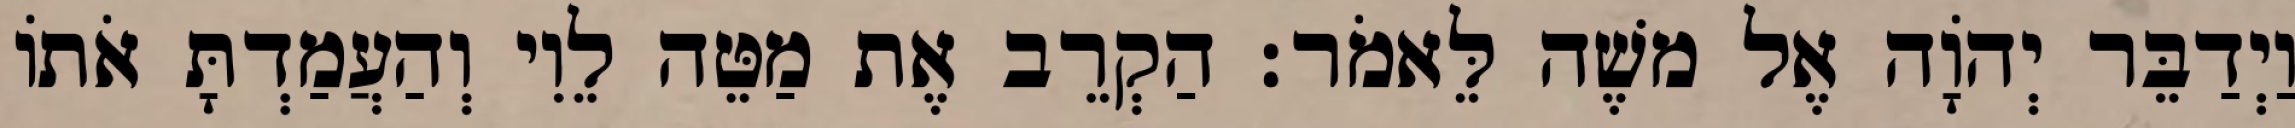
וַיְדַבֵּר יְהוָֹה אֶל משֶׁה לֵּאמֹר׃ הַקְרֵב אֶת מַטֵּה לֵוִי וְהַעֲמַדְתָּ אֹתוֹ